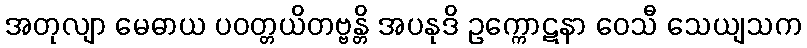
အတုလျာ မေဓာယ ပဝတ္တယိတဗ္ဗန္တိ အပနုဒိ ဥက္ကောဋနာ ဝေသီ သေယျသက